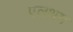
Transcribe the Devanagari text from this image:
एलथम